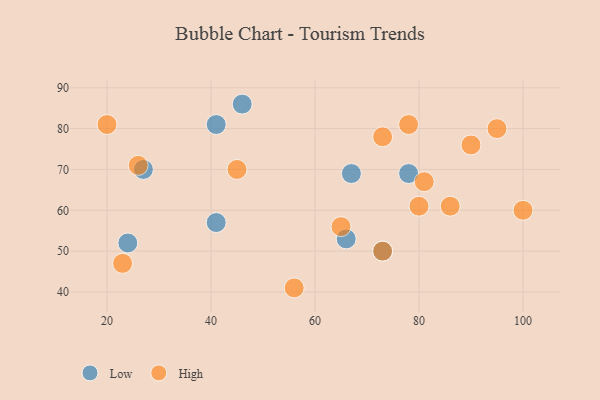
{"axis": {"x": "GDP", "y": "Life Expectancy"}, "legend": ["High", "Low"], "data": [{"x": "46", "y": 86, "type": "Low"}, {"x": "41", "y": 57, "type": "Low"}, {"x": "73", "y": 50, "type": "Low"}, {"x": "41", "y": 81, "type": "Low"}, {"x": "67", "y": 69, "type": "Low"}, {"x": "24", "y": 52, "type": "Low"}, {"x": "78", "y": 69, "type": "Low"}, {"x": "27", "y": 70, "type": "Low"}, {"x": "66", "y": 53, "type": "Low"}, {"x": "78", "y": 81, "type": "High"}, {"x": "26", "y": 71, "type": "High"}, {"x": "73", "y": 78, "type": "High"}, {"x": "56", "y": 41, "type": "High"}, {"x": "45", "y": 70, "type": "High"}, {"x": "90", "y": 76, "type": "High"}, {"x": "20", "y": 81, "type": "High"}, {"x": "81", "y": 67, "type": "High"}, {"x": "73", "y": 50, "type": "High"}, {"x": "65", "y": 56, "type": "High"}, {"x": "80", "y": 61, "type": "High"}, {"x": "86", "y": 61, "type": "High"}, {"x": "95", "y": 80, "type": "High"}, {"x": "100", "y": 60, "type": "High"}, {"x": "23", "y": 47, "type": "High"}]}